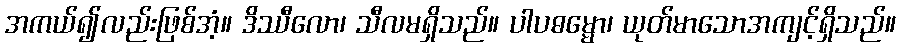
အကယ်၍လည်းဖြစ်အံ့။ ဒိဿီလော၊ သီလမရှိသည်။ ပါပဓမ္မော၊ ယုတ်မာသောအကျင့်ရှိသည်။